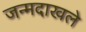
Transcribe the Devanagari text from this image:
जन्मदाखले